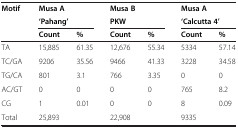
| Motif | <COLSPAN=2> Musa A | <COLSPAN=2> Musa B | <COLSPAN=2> Musa A |
 |  | <COLSPAN=2> ‘Pahang’ | <COLSPAN=2> PKW | <COLSPAN=2> ‘Calcutta 4’ |
 |  | Count | % | Count | % | Count | % |
 | --- | --- | --- | --- | --- | --- | --- |
 | TA | 15,885 | 61.35 | 12,676 | 55.34 | 5334 | 57.14 |
 | TC/GA | 9206 | 35.56 | 9466 | 41.33 | 3228 | 34.58 |
 | TG/CA | 801 | 3.1 | 766 | 3.35 | 0 | 0 |
 | AC/GT | 0 | 0 | 0 | 0 | 765 | 8.2 |
 | CG | 1 | 0.01 | 0 | 0 | 8 | 0.09 |
 | Total | 25,893 |  | 22,908 |  | 9335 |  |